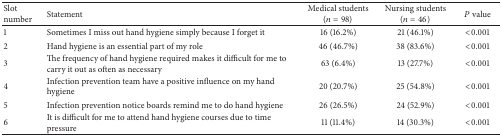
| Slot number | Statement | Medical students (n = 98) | Nursing students (n = 46) | P value |
 | --- | --- | --- | --- | --- |
 | 1 | Sometimes I miss out hand hygiene simply because I forget it | 16 (16.2%) | 21 (46.1%) | <0.001 |
 | 2 | Hand hygiene is an essential part of my role | 46 (46.7%) | 38 (83.6%) | <0.001 |
 | 3 | The frequency of hand hygiene required makes it difficult for me to carry it out as often as necessary | 63 (6.4%) | 13 (27.7%) | <0.001 |
 | 4 | Infection prevention team have a positive influence on my hand hygiene | 20 (20.7%) | 25 (54.8%) | <0.001 |
 | 5 | Infection prevention notice boards remind me to do hand hygiene | 26 (26.5%) | 24 (52.9%) | <0.001 |
 | 6 | It is difficult for me to attend hand hygiene courses due to time pressure | 11 (11.4%) | 14 (30.3%) | <0.001 |